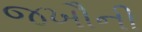
જખૌની